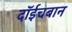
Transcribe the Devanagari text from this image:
दॉईचबान